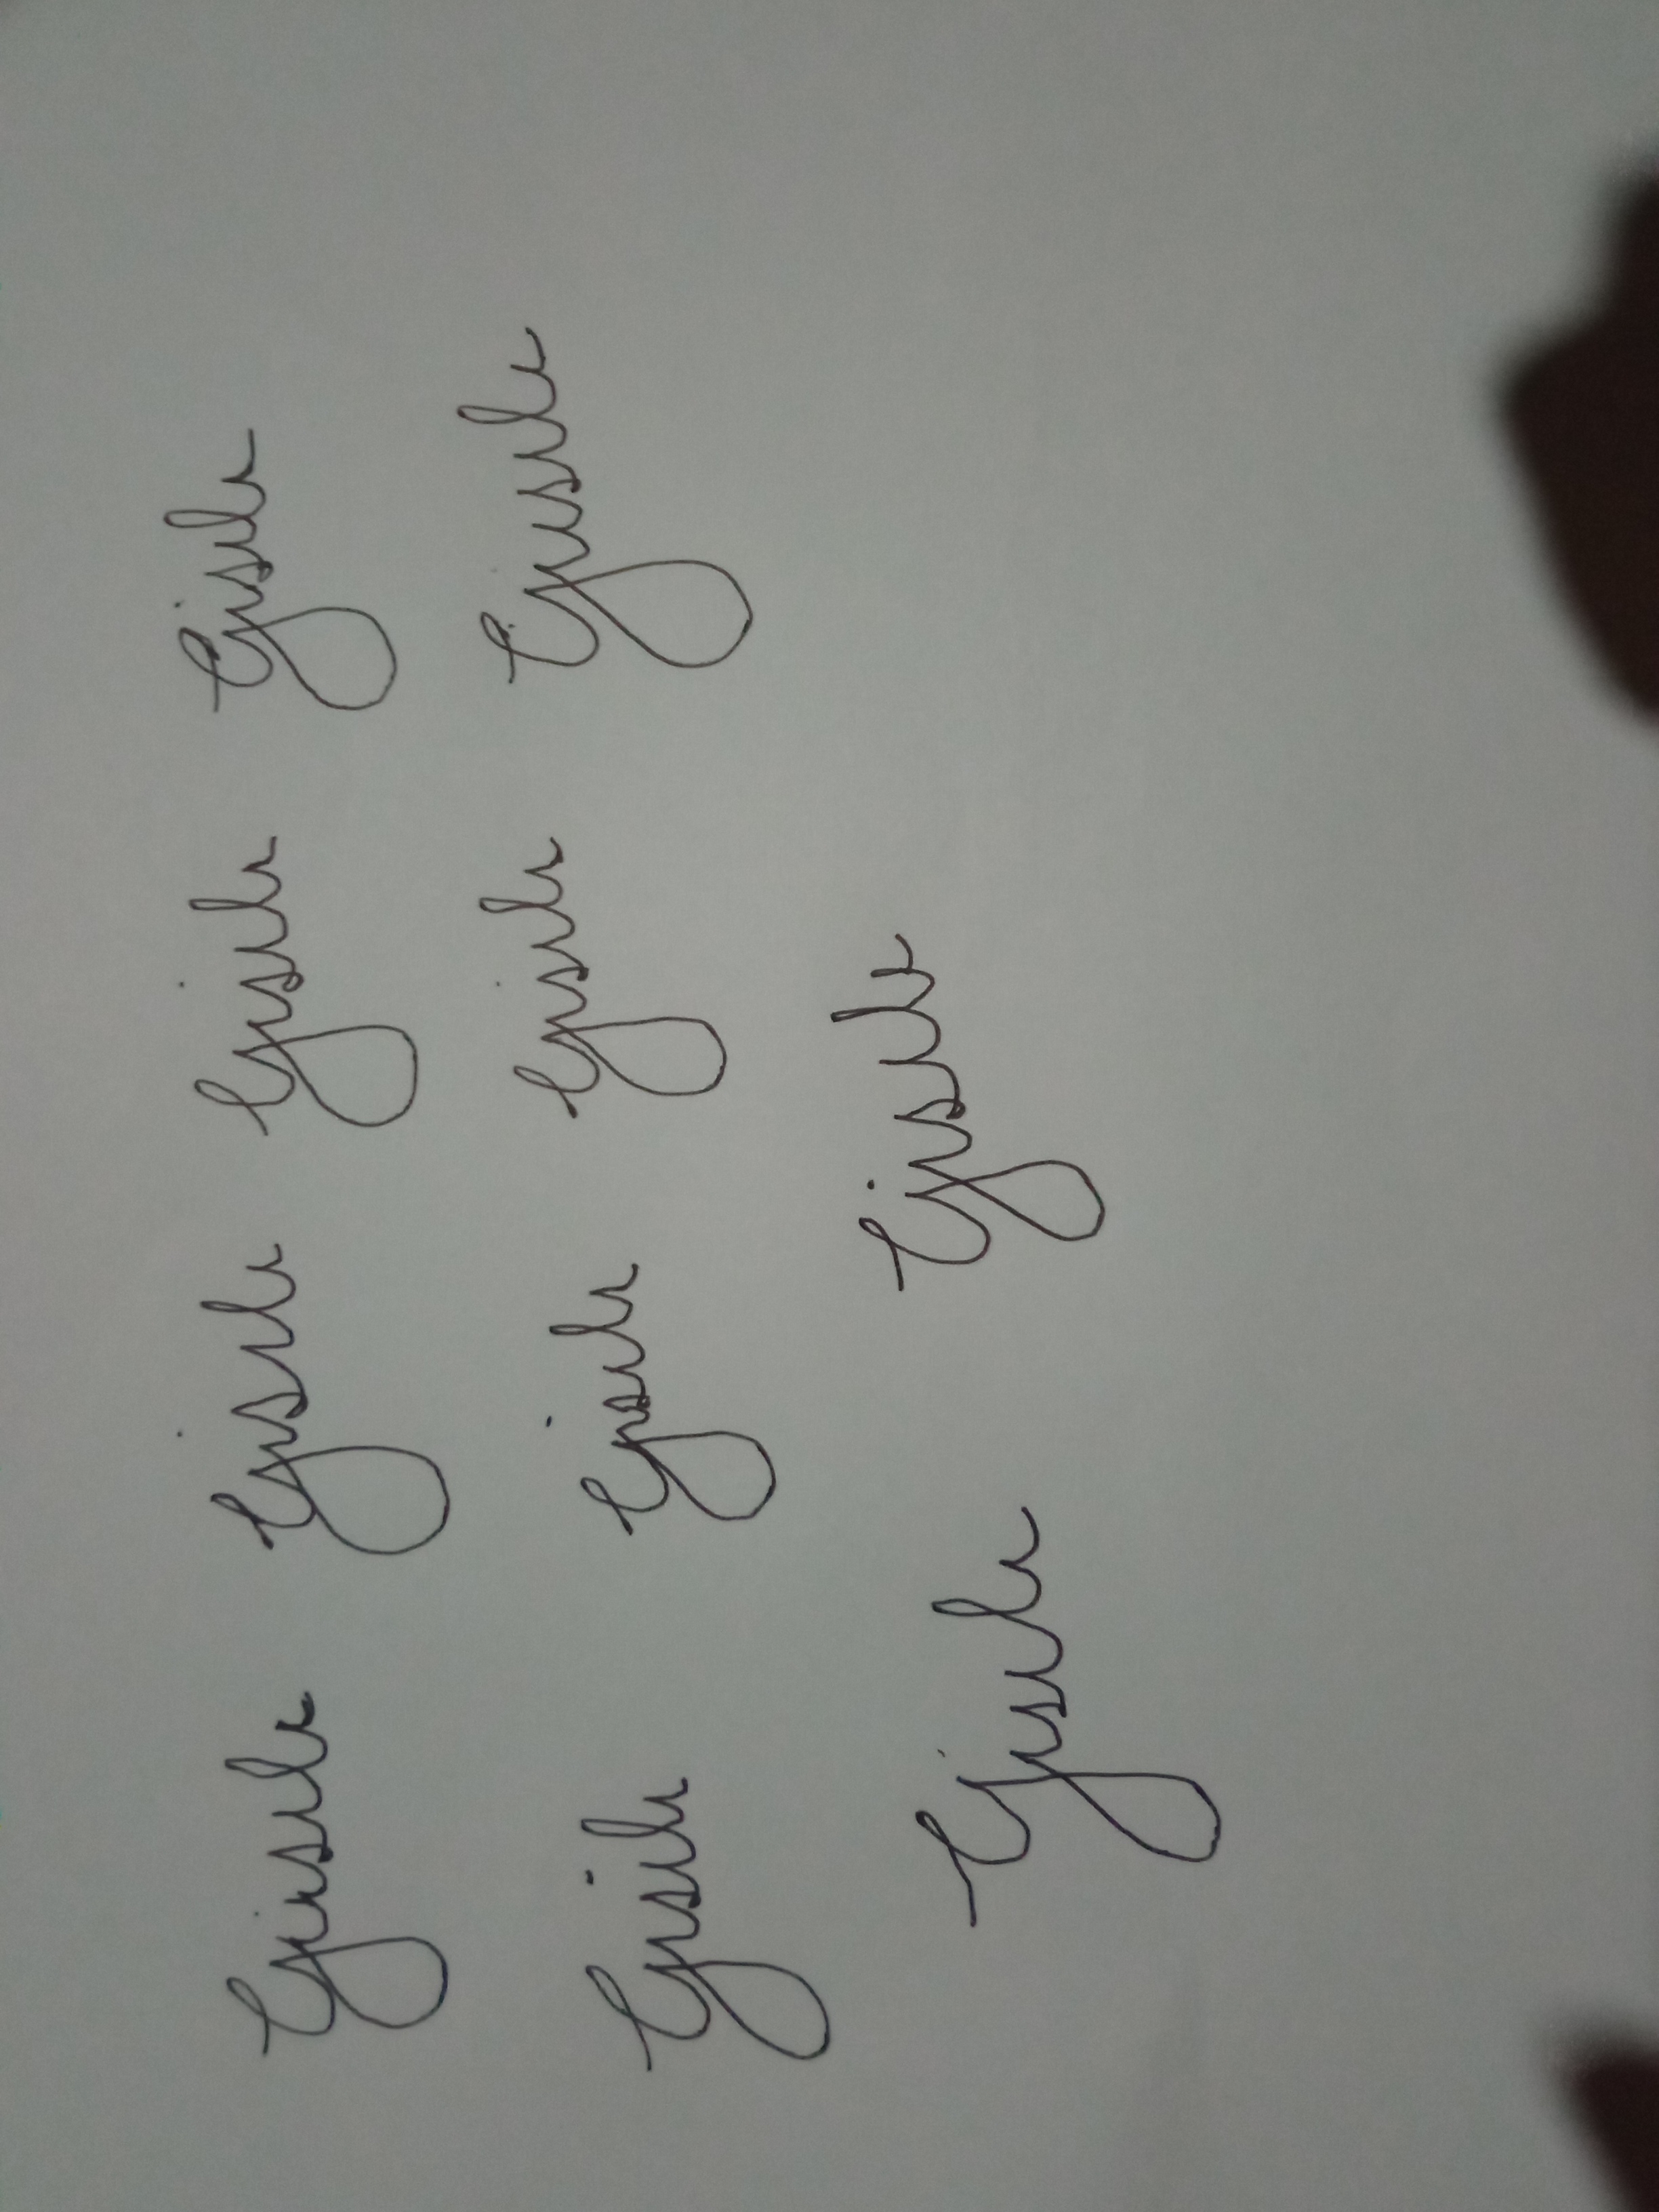
Signature authenticity: forged